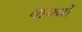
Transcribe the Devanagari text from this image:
वाक्‍यों